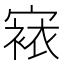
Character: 𭔔